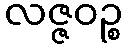
လဇ္ဇဝဉ္စ